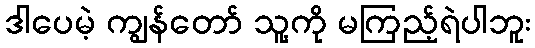
ဒါပေမဲ့ ကျွန်တော် သူ့ကို မကြည့်ရဲပါဘူး